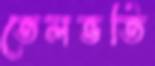
তেলভর্তি